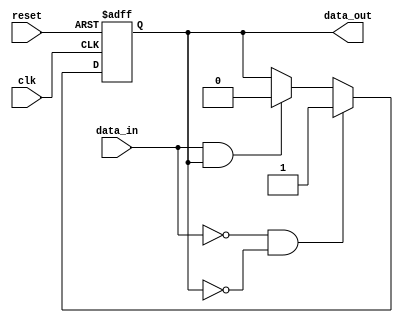
module Schmitt_trigger_inverter (
    input wire clk,
    input wire reset,
    input wire data_in,
    output reg data_out
);

reg inverter_out;
reg schmitt_trigger_out;

// Inverter gate
assign inverter_out = ~data_in;

// Schmitt trigger feedback loop
always @ (posedge clk or posedge reset) begin
    if (reset) begin
        schmitt_trigger_out <= 0;
    end else begin
        if (inverter_out == 1 && schmitt_trigger_out == 0) begin
            schmitt_trigger_out <= 1;
        end else if (inverter_out == 0 && schmitt_trigger_out == 1) begin
            schmitt_trigger_out <= 0;
        end
    end
end

assign data_out = schmitt_trigger_out;

endmodule